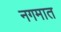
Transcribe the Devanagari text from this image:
नगमात